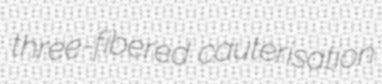
three-fibered cauterisation